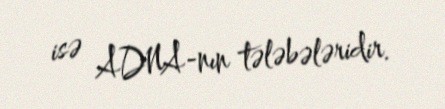
isə ADNA-nın tələbələridir.